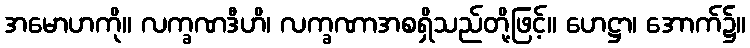
အမောဟကို။ လက္ခဏဒီဟိ၊ လက္ခဏာအစရှိသည်တို့ဖြင့်။ ဟေဋ္ဌာ၊ အောက်၌။